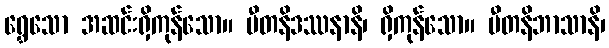
ရွှေသော အဆင်းရှိကုန်သော။ ပီတနိဒဿနာနိ၊ ရှိကုန်သော။ ပီတနိဘာသာနိ၊